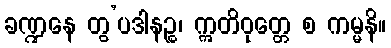
ခဏ္ဍနေ တွ’ပဒါနဉ္စ၊ ဣတိဝုတ္တေ စ ကမ္မနိ။